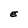
Character: E